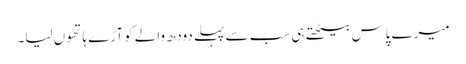
میرے پاس بیٹھتے ہی سب سے پہلے دودھ والے کوآڑے ہاتھوں لیا۔